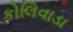
કોલિવાડા